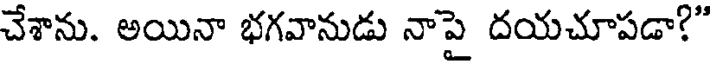
చేశాను. అయినా భగవానుడు నాపై దయచూపడా?"